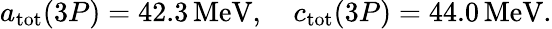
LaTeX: a_{\mathrm{tot}}(3P)=42.3\, \mathrm{MeV},\quad c_{\mathrm{tot}}(3P)=44.0\, \mathrm{MeV}.